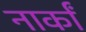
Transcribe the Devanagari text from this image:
नार्कां